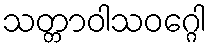
သတ္တာဝါသဝဂ္ဂေါ